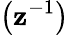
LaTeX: \left(\mathbf{z}^{-1}\right)